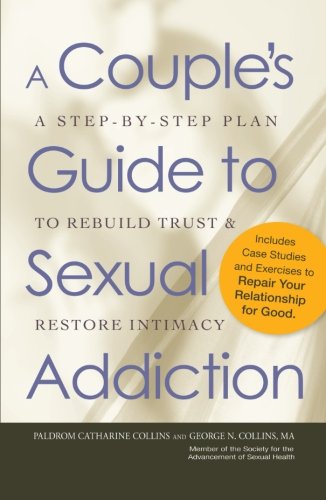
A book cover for A Couple's Guide to Sexual Addiction: A Step-by-Step Plan to Rebuild Trust and Restore Intimacy; Paldrom Collins; Self-Help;